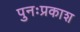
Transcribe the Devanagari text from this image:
पुनःप्रकाश